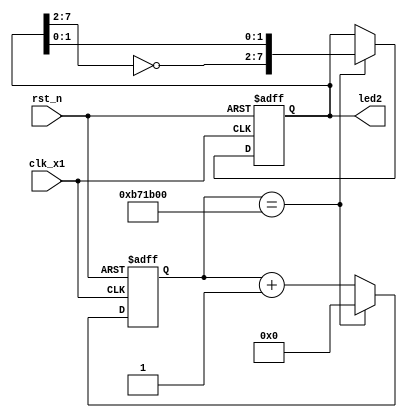
module led2
(
    input clk_x1,
    input rst_n,
    output reg [7:0]led2
);

    wire clk;
    
    assign clk = clk_x1;

    parameter T1S = 24'd12_000_000;
    
    reg [23:0]count;
    
    always @(posedge clk or negedge rst_n)
    begin
        if(!rst_n)
            count <= 24'd0;
        else if(count == T1S)
            count <= 24'd0;
        else
            count <= count + 1'b1;
    end
    
    
    always @(posedge clk or negedge rst_n)
    begin
        if(!rst_n)
            led2 <= 8'b1111_1111;
        else if(count == T1S)
            led2 <= {~led2[7:2],led2[1:0]};
    end
    
endmodule